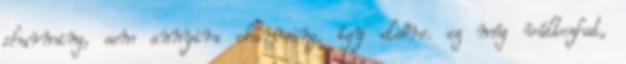
charming, sem annyira charming, így elsőre. ez még változhat,